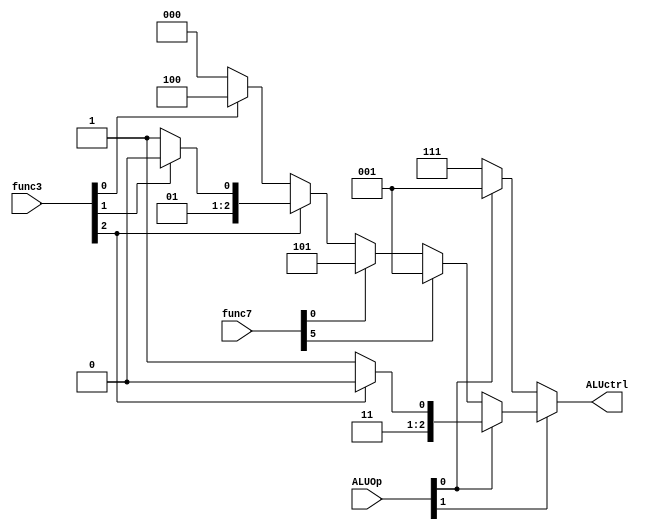
module ALU_Control
(
  input [1:0]ALUOp,
  input [6:0]func7,
  input [2:0]func3,
  output reg [2:0]ALUctrl
);

//add 000, sub 001, and 010, xor 011, sll 100, mul 101, srai 110, addi 111
  
always @(*) begin
  if (ALUOp[1]) begin
    if (ALUOp[0] == 1) begin
      //addi srai
      if (func3[2]) begin
        //srai: 110
        ALUctrl = 3'b110;
      end else begin
        //addi: 111
        ALUctrl = 3'b111;
      end
    end else begin
      if (func7[5]) begin
        //sub
        ALUctrl = 3'b001;
      end else if (func7[0]) begin
        //mul
        ALUctrl = 3'b101;
      end else begin
        if (func3[2]) begin
          if (func3[1]) begin
            //and
            ALUctrl = 3'b010;
          end else begin
            //xor
            ALUctrl = 3'b011;
          end
        end else begin
          if (func3[0]) begin
            //sll
            ALUctrl = 3'b100;
          end else begin
            //add
            ALUctrl = 3'b000;
          end
        end
      end
    end
  end else begin
    if (ALUOp[0] == 1) begin
    //beq (sub)
      ALUctrl = 3'b001;
    end else begin
    //sw lw (addi)
      ALUctrl = 3'b111;
    end

    // //addi srai
    // if (func3[2]) begin
    //   //srai: 110
    //   ALUctrl = 3'b110;
    // end else begin
    //   //addi: 111
    //   ALUctrl = 3'b111;
    // end
  end
end

endmodule